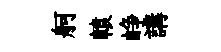
舸轅峥講